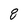
Character: 8